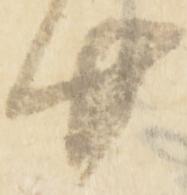
廿